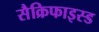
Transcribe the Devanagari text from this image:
सैक्रिफाइस्ड